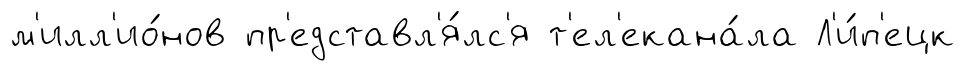
м'илл'ио́нов пр'едставл'я́лс'я т'ел'екана́ла Л'и́п'ецк